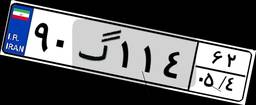
۲۸گ۶۷۸۳۰